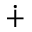
\dotplus